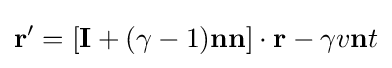
\mathbf {r} '=[\mathbf {I} +(\gamma -1)\mathbf {nn} ]\cdot \mathbf {r} -\gamma v\mathbf {n} t